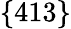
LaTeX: \lbrace 413\rbrace